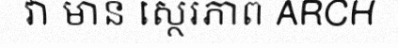
វា មាន ស្ថេរភាព ARCH